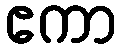
ဧကာ